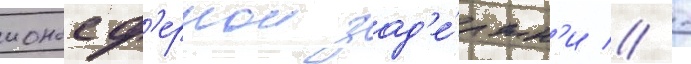
ионосф'ернои зад'е́ржк'и // -